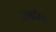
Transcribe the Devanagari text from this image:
अवरित